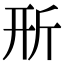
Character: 𣂖